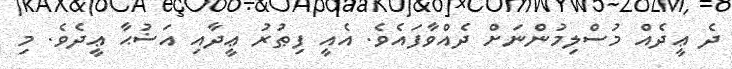
ދެ ޢީދެއް މުސްލިމުންނަށް ދެއްވާފައެވެ. އެއީ ފިޠުރު ޢީދާއި އަޟުޙާ ޢީދެވެ. މި